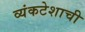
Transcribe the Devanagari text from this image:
व्यंकटेशाची